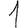
Digit: 1